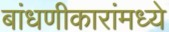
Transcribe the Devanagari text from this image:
बांधणीकारांमध्ये